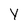
Character: Y